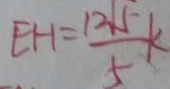
E H = \frac { 1 2 \sqrt { 5 } } { 5 } k